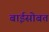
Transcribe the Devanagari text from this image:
बाईसोबत